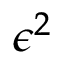
\epsilon ^ { 2 }